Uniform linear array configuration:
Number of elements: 64
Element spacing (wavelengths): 0.5
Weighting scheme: hamming
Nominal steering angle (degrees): -60
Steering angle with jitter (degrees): -61.059
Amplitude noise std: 0.05
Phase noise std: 0.05

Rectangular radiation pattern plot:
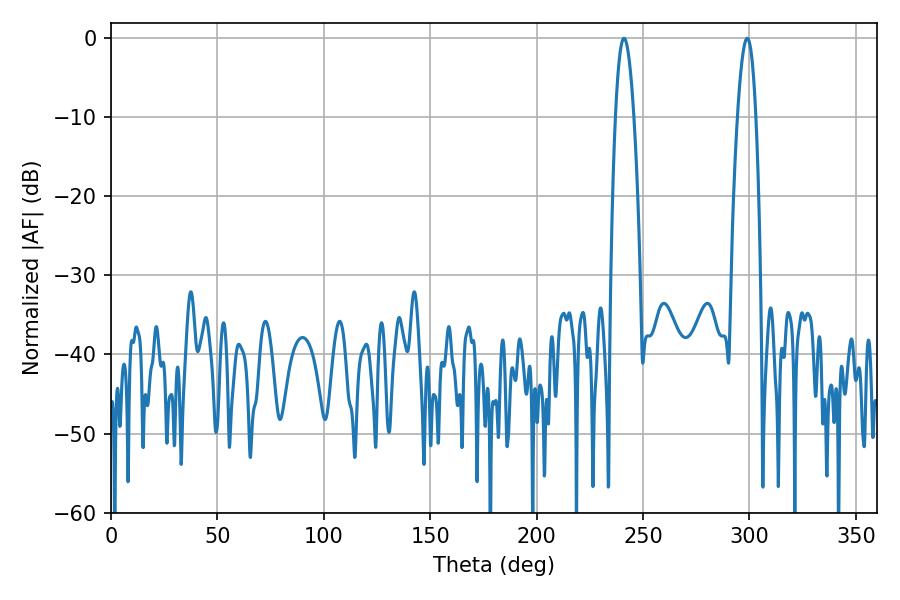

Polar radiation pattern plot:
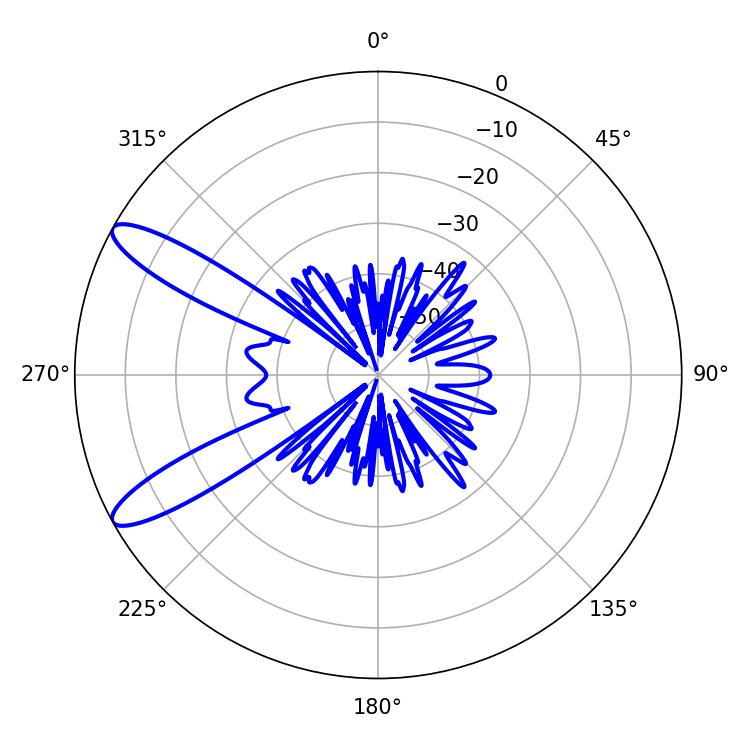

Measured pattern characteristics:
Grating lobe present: FALSE
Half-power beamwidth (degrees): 4.68
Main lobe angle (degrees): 241.02